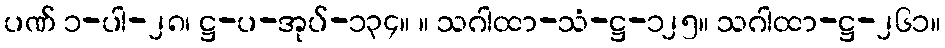
ပဏ် ၁-ပါ-၂၈၊ ဋ္ဌ-ပ-အုပ်-၁၃၄။ ။ သဂါထာ-သံ-ဋ္ဌ-၁၂၅။ သဂါထာ-ဋ္ဌ-၂၆၁။